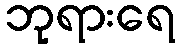
ဘုရားရေ